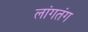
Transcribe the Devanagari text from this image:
लांगतंग